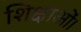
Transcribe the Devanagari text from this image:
शिक्षाओं।